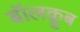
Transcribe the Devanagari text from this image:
बॉलक्लुब